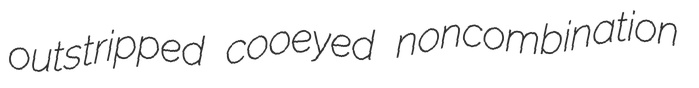
outstripped cooeyed noncombination